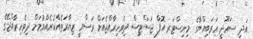
އަދި ސަޢޫދީ ޢަރަބިއްޔާގެ މިނިސްޓަރ އޮފް ޖަސްޓިސް ދިވެހިރާއްޖެއަށް ރަސްމީ ޒިޔާރަތެއްކުރެއްވުމަށް ދިވެހިރާއްޖޭގެ